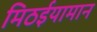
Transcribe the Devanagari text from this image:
मिठईयामान